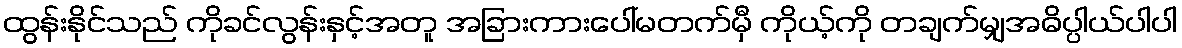
ထွန်းနိုင်သည် ကိုခင်လွန်းနှင့်အတူ အခြားကားပေါ်မတက်မှီ ကိုယ့်ကို တချက်မျှအဓိပ္ပါယ်ပါပါ